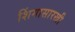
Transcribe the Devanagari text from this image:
शिंगासारखी